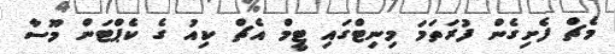
މެޗް ފެށިގެން ފުރަތަމަ މިނިޓްގައި ޓީމް އެޗް ކިއު ގެ ކެޕްޓަން މޫސާ